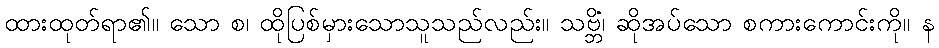
ထားထုတ်ရာ၏။ သော စ၊ ထိုပြစ်မှားသောသူသည်လည်း။ သဗ္ဘိံ၊ ဆိုအပ်သော စကားကောင်းကို။ န